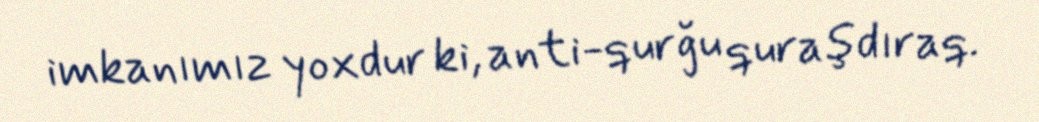
imkanımız yoxdur ki, anti-qurğu quraşdıraq.